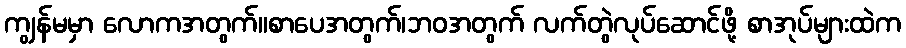
ကျွန်မမှာ လောကအတွက်။စာပေအတွက်၊ဘဝအတွက် လက်တွဲလုပ်ဆောင်ဖို့ စာအုပ်များထဲက